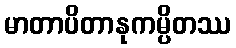
မာတာပိတာနုကမ္ပိတဿ